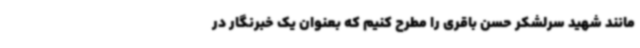
مانند شهید سرلشکر حسن باقری را مطرح کنیم که بعنوان یک خبرنگار در